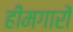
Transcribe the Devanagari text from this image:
हीमगारों